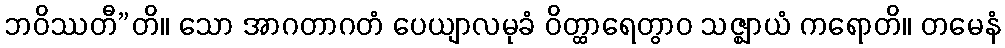
ဘဝိဿတီ”တိ။ သော အာဂတာဂတံ ပေယျာလမုခံ ဝိတ္ထာရေတွာဝ သဇ္ဈာယံ ကရောတိ။ တမေနံ